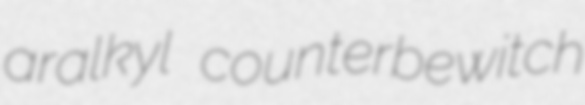
aralkyl counterbewitch